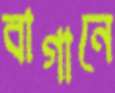
বাগানে